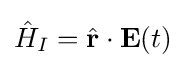
{\hat {H}}_{I}={\hat {\textbf {r}}}\cdot {\textbf {E}}(t)